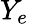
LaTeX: Y_{e}